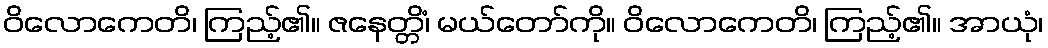
ဝိလောကေတိ၊ ကြည့်၏။ ဇနေတ္တိံ၊ မယ်တော်ကို။ ဝိလောကေတိ၊ ကြည့်၏။ အာယုံ၊